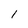
Character: 1